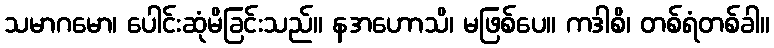
သမာဂမော၊ ပေါင်းဆုံမိခြင်းသည်။ နအဟောသိ၊ မဖြစ်ပေ။ ကဒါစိ၊ တစ်ရံတစ်ခါ။